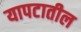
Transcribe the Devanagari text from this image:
यापटातील